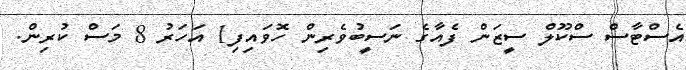
އެސްޓާސް ސްކޫލް ސީޒަން ފެއާގެ ނަސީބުވެރިން ހޮވައިފި1 އަހަރު 8 މަސް ކުރިން.